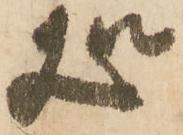
処